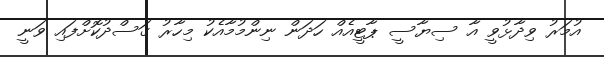
އުމަރު ވިދާޅުވީ އާ ސިޔާސީ ޕާޓީއެއް ހަދަން ނިންމުމާއެކު މިހާރު ގަސްދުކޮށްފައި ވަނީ